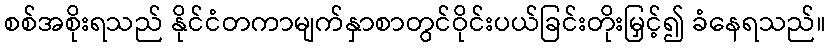
စစ်အစိုးရသည် နိုင်ငံတကာမျက်နှာစာတွင်ဝိုင်းပယ်ခြင်းတိုးမြှင့်၍ ခံနေရသည်။